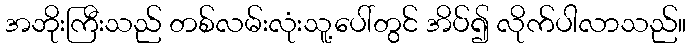
အဘိုးကြီးသည် တစ်လမ်းလုံးသူ့ပေါ်တွင် အိပ်၍ လိုက်ပါလာသည်။